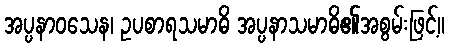
အပ္ပနာဝသေန၊ ဥပစာရသမာဓိ အပ္ပနာသမာဓိ၏အစွမ်းဖြင့်။